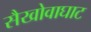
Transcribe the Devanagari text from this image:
सैखोवाघाट